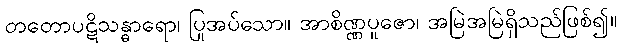
တတောပဋိသန္ဓာရော၊ ပြုအပ်သော။ အာစိဏ္ဏပူဇော၊ အမြဲအမြဲရှိသည်ဖြစ်၍။